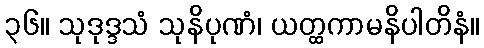
၃၆။ သုဒုဒ္ဒသံ သုနိပုဏံ၊ ယတ္ထကာမနိပါတိနံ။